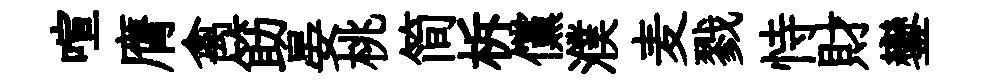
喧膺禽筯晏桃简柝儻濮麦戮恃財鑾